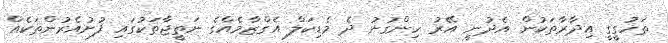
ތަހުގީގީ އިދާރާތަކުން އެދުނީ އޭރު ހިންގުނު ދެ މެޑިކަލް އެގްޒާމެއްގެ ނަތީޖާތަކުގައި ފުށުއެރުންތަކެއް